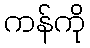
ကန်ကို